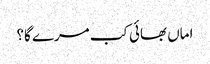
اماں بھائی کب مرے گا؟